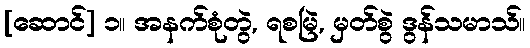
[ဆောင်] ၁။ အနက်စုံတွဲ, ရစမြဲ, မှတ်စွဲ ဒွန်သမာသ်။